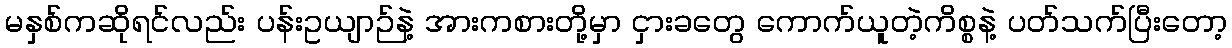
မနှစ်ကဆိုရင်လည်း ပန်းဥယျာဉ်နဲ့ အားကစားတို့မှာ ငှားခတွေ ကောက်ယူတဲ့ကိစ္စနဲ့ ပတ်သက်ပြီးတော့